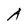
Character: A